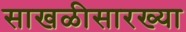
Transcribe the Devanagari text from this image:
साखळीसारख्या